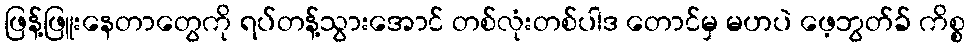
ဖြန့်ဖြူးနေတာတွေကို ရပ်တန့်သွားအောင် တစ်လုံးတစ်ပါဒ တောင်မှ မဟပဲ ဖေ့ဘွတ်ခ် ကိစ္စ